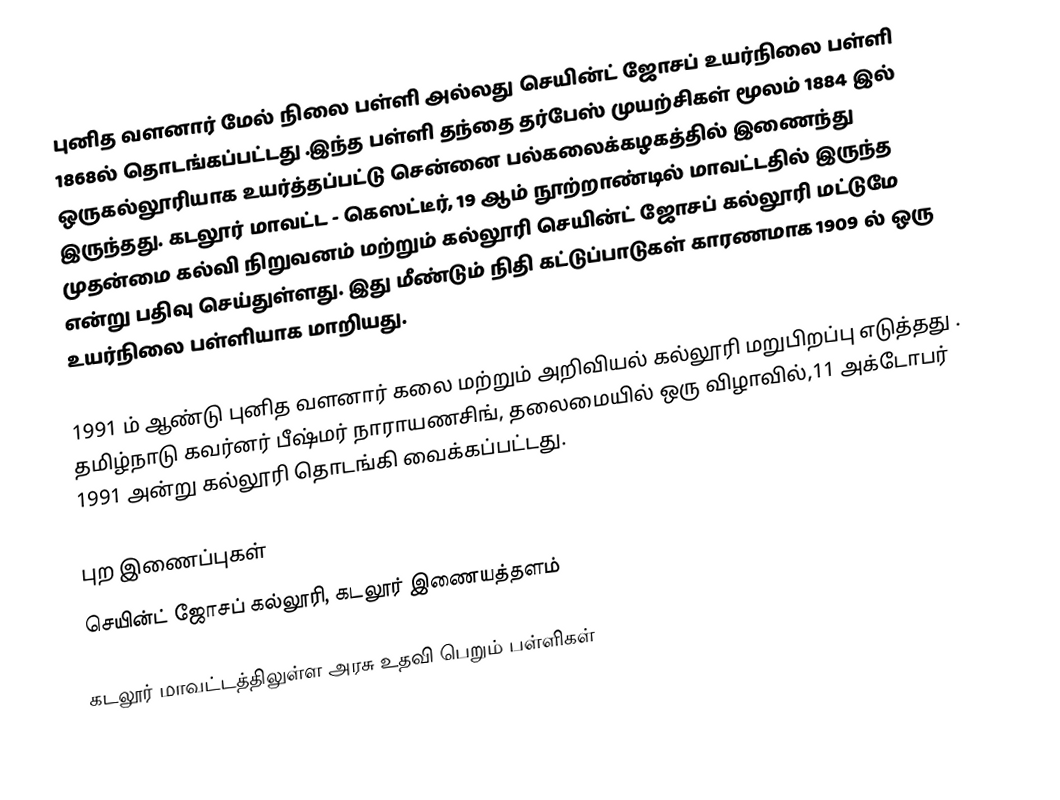
புனித வளனார் மேல் நிலை பள்ளி  அல்லது செயின்ட் ஜோசப் உயர்நிலை பள்ளி 1868ல் தொடங்கப்பட்டது .இந்த பள்ளி தந்தை தர்பேஸ்  முயற்சிகள் மூலம் 1884 இல் ஒருகல்லூரியாக உயர்த்தப்பட்டு சென்னை பல்கலைக்கழகத்தில் இணைந்து இருந்தது. கடலூர் மாவட்ட - கெஸட்டீர், 19 ஆம் நூற்றாண்டில் மாவட்டதில்  இருந்த முதன்மை கல்வி நிறுவனம் மற்றும் கல்லூரி செயின்ட் ஜோசப் கல்லூரி மட்டுமே  என்று பதிவு செய்துள்ளது. இது மீண்டும் நிதி கட்டுப்பாடுகள் காரணமாக 1909 ல் ஒரு உயர்நிலை பள்ளியாக மாறியது.

1991 ம் ஆண்டு புனித வளனார்  கலை மற்றும் அறிவியல் கல்லூரி மறுபிறப்பு எடுத்தது . தமிழ்நாடு கவர்னர்  பீஷ்மர் நாராயணசிங், தலைமையில் ஒரு விழாவில்,11 அக்டோபர் 1991 அன்று கல்லூரி தொடங்கி வைக்கப்பட்டது.

புற இணைப்புகள்
 செயின்ட் ஜோசப் கல்லூரி, கடலூர் இணையத்தளம்

கடலூர் மாவட்டத்திலுள்ள அரசு உதவி பெறும் பள்ளிகள்